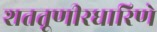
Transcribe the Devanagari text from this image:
शततूणीरधारिणे